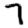
Digit: 7